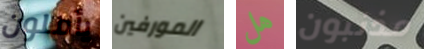
يأملون المورفين هل مذنبون